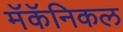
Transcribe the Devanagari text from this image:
मॅकॅनिकल